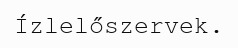
Ízlelőszervek.